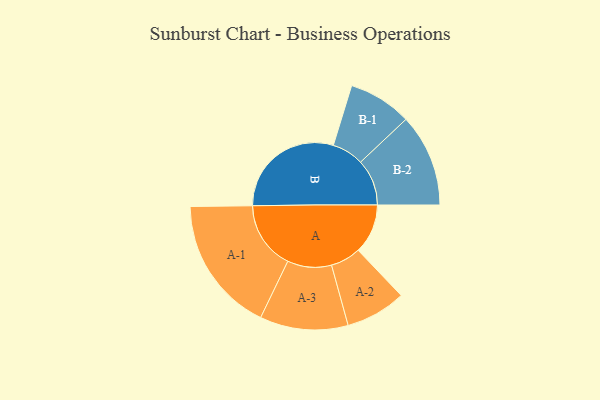
{"axis": {"x": "Segment", "y": "Value"}, "legend": ["", "A", "B"], "data": [{"x": "A", "y": 197, "type": ""}, {"x": "B", "y": 458, "type": ""}, {"x": "A-1", "y": 270, "type": "A"}, {"x": "A-2", "y": 120, "type": "A"}, {"x": "A-3", "y": 175, "type": "A"}, {"x": "B-1", "y": 126, "type": "B"}, {"x": "B-2", "y": 184, "type": "B"}]}